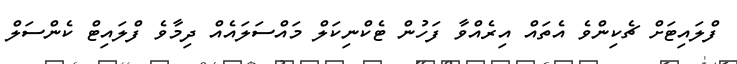
ފްލައިޓަށް ޗެކިންވެ އެތައް އިރެއްވާ ފަހުން ޓެކްނިކަލް މައްސަލައެއް ދިމާވެ ފްލައިޓް ކެންސަލް